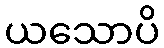
ယသောပိ